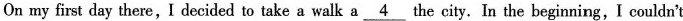
On my first day there,I decided to take a walk a\underline{4}the city.In the beginning,I couldn't